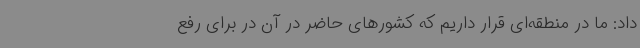
داد: ما در منطقه‌ای قرار داریم که کشورهای حاضر در آن در برای رفع